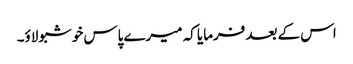
اس کے بعد فرمایا کہ میرے پاس خوشبو لاؤ۔